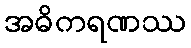
အဓိကရဏဿ